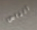
الناس